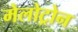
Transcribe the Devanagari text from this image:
मेलोट्रोन